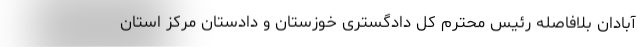
آبادان بلافاصله رئیس محترم کل دادگستری خوزستان و دادستان مرکز استان